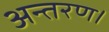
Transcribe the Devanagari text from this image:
अन्तरण।